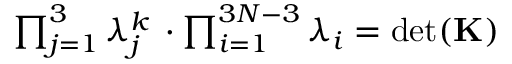
\begin{array} { r } { \prod _ { j = 1 } ^ { 3 } \lambda _ { j } ^ { k } \, \cdot \prod _ { i = 1 } ^ { 3 N - 3 } \lambda _ { i } = \operatorname* { d e t } ( \mathbf { K } ) } \end{array}